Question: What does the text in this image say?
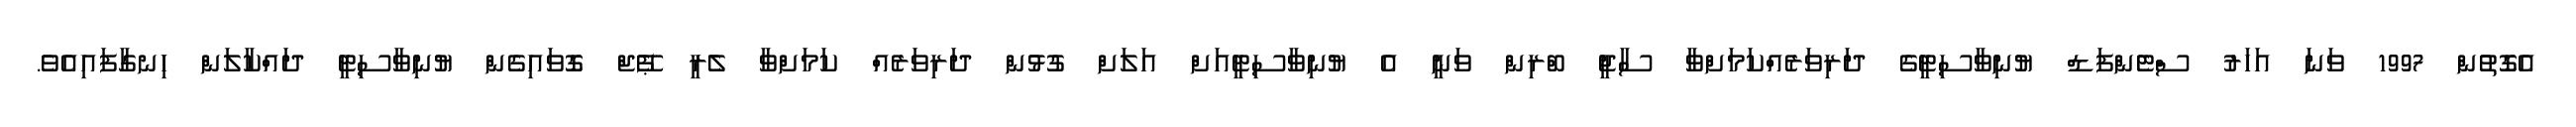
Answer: އެގޮތުން 1997 ވަނަ އަހަރު ސްޓެންފަޑް ޔުނިވާސިޓީގެ ދަރިވަރެއްކަމަށްވާ ސާޖީ ބްރިން ވަނީ އެ ޔުނިވާސިޓީއަށް އަލަށް ގުޅުން ދަރިވަރެއް ކަމަށްވާ ލެރީ ޕޭޖް ގޮވައިގެން ޔުނިވާސިޓީ ދައްކާލަން ހިނގާފައިއެވެ.